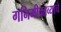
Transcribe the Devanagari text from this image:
गनिमीकाव्याचे